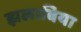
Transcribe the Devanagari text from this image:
झलाबिया